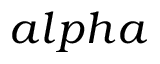
a l p h a